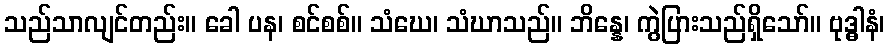
သည်သာလျင်တည်း။ ခေါ ပန၊ စင်စစ်။ သံဃေ၊ သံဃာသည်။ ဘိန္နေ၊ ကွဲပြားသည်ရှိသော်။ ဗုဒ္ဓါနံ၊